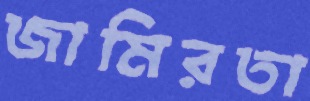
জামিরতা